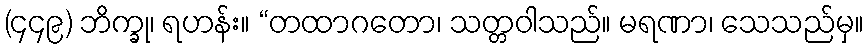
(၄၄၉) ဘိက္ခု၊ ရဟန်း။ “တထာဂတော၊ သတ္တဝါသည်။ မရဏာ၊ သေသည်မှ။